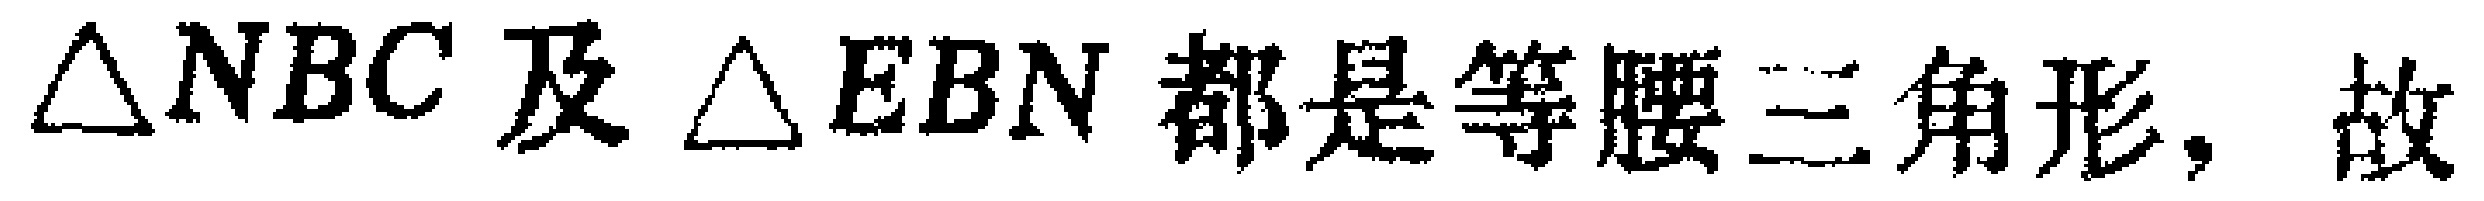
$\triangle NBC$ 及 $\triangle EBN$ 都是等腰三角形，故